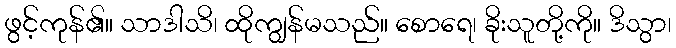
ဖွင့်ကုန်၏။ သာဒါသိ၊ ထိုကျွန်မသည်။ စောရေ၊ ခိုးသူတို့ကို။ ဒိသွာ၊